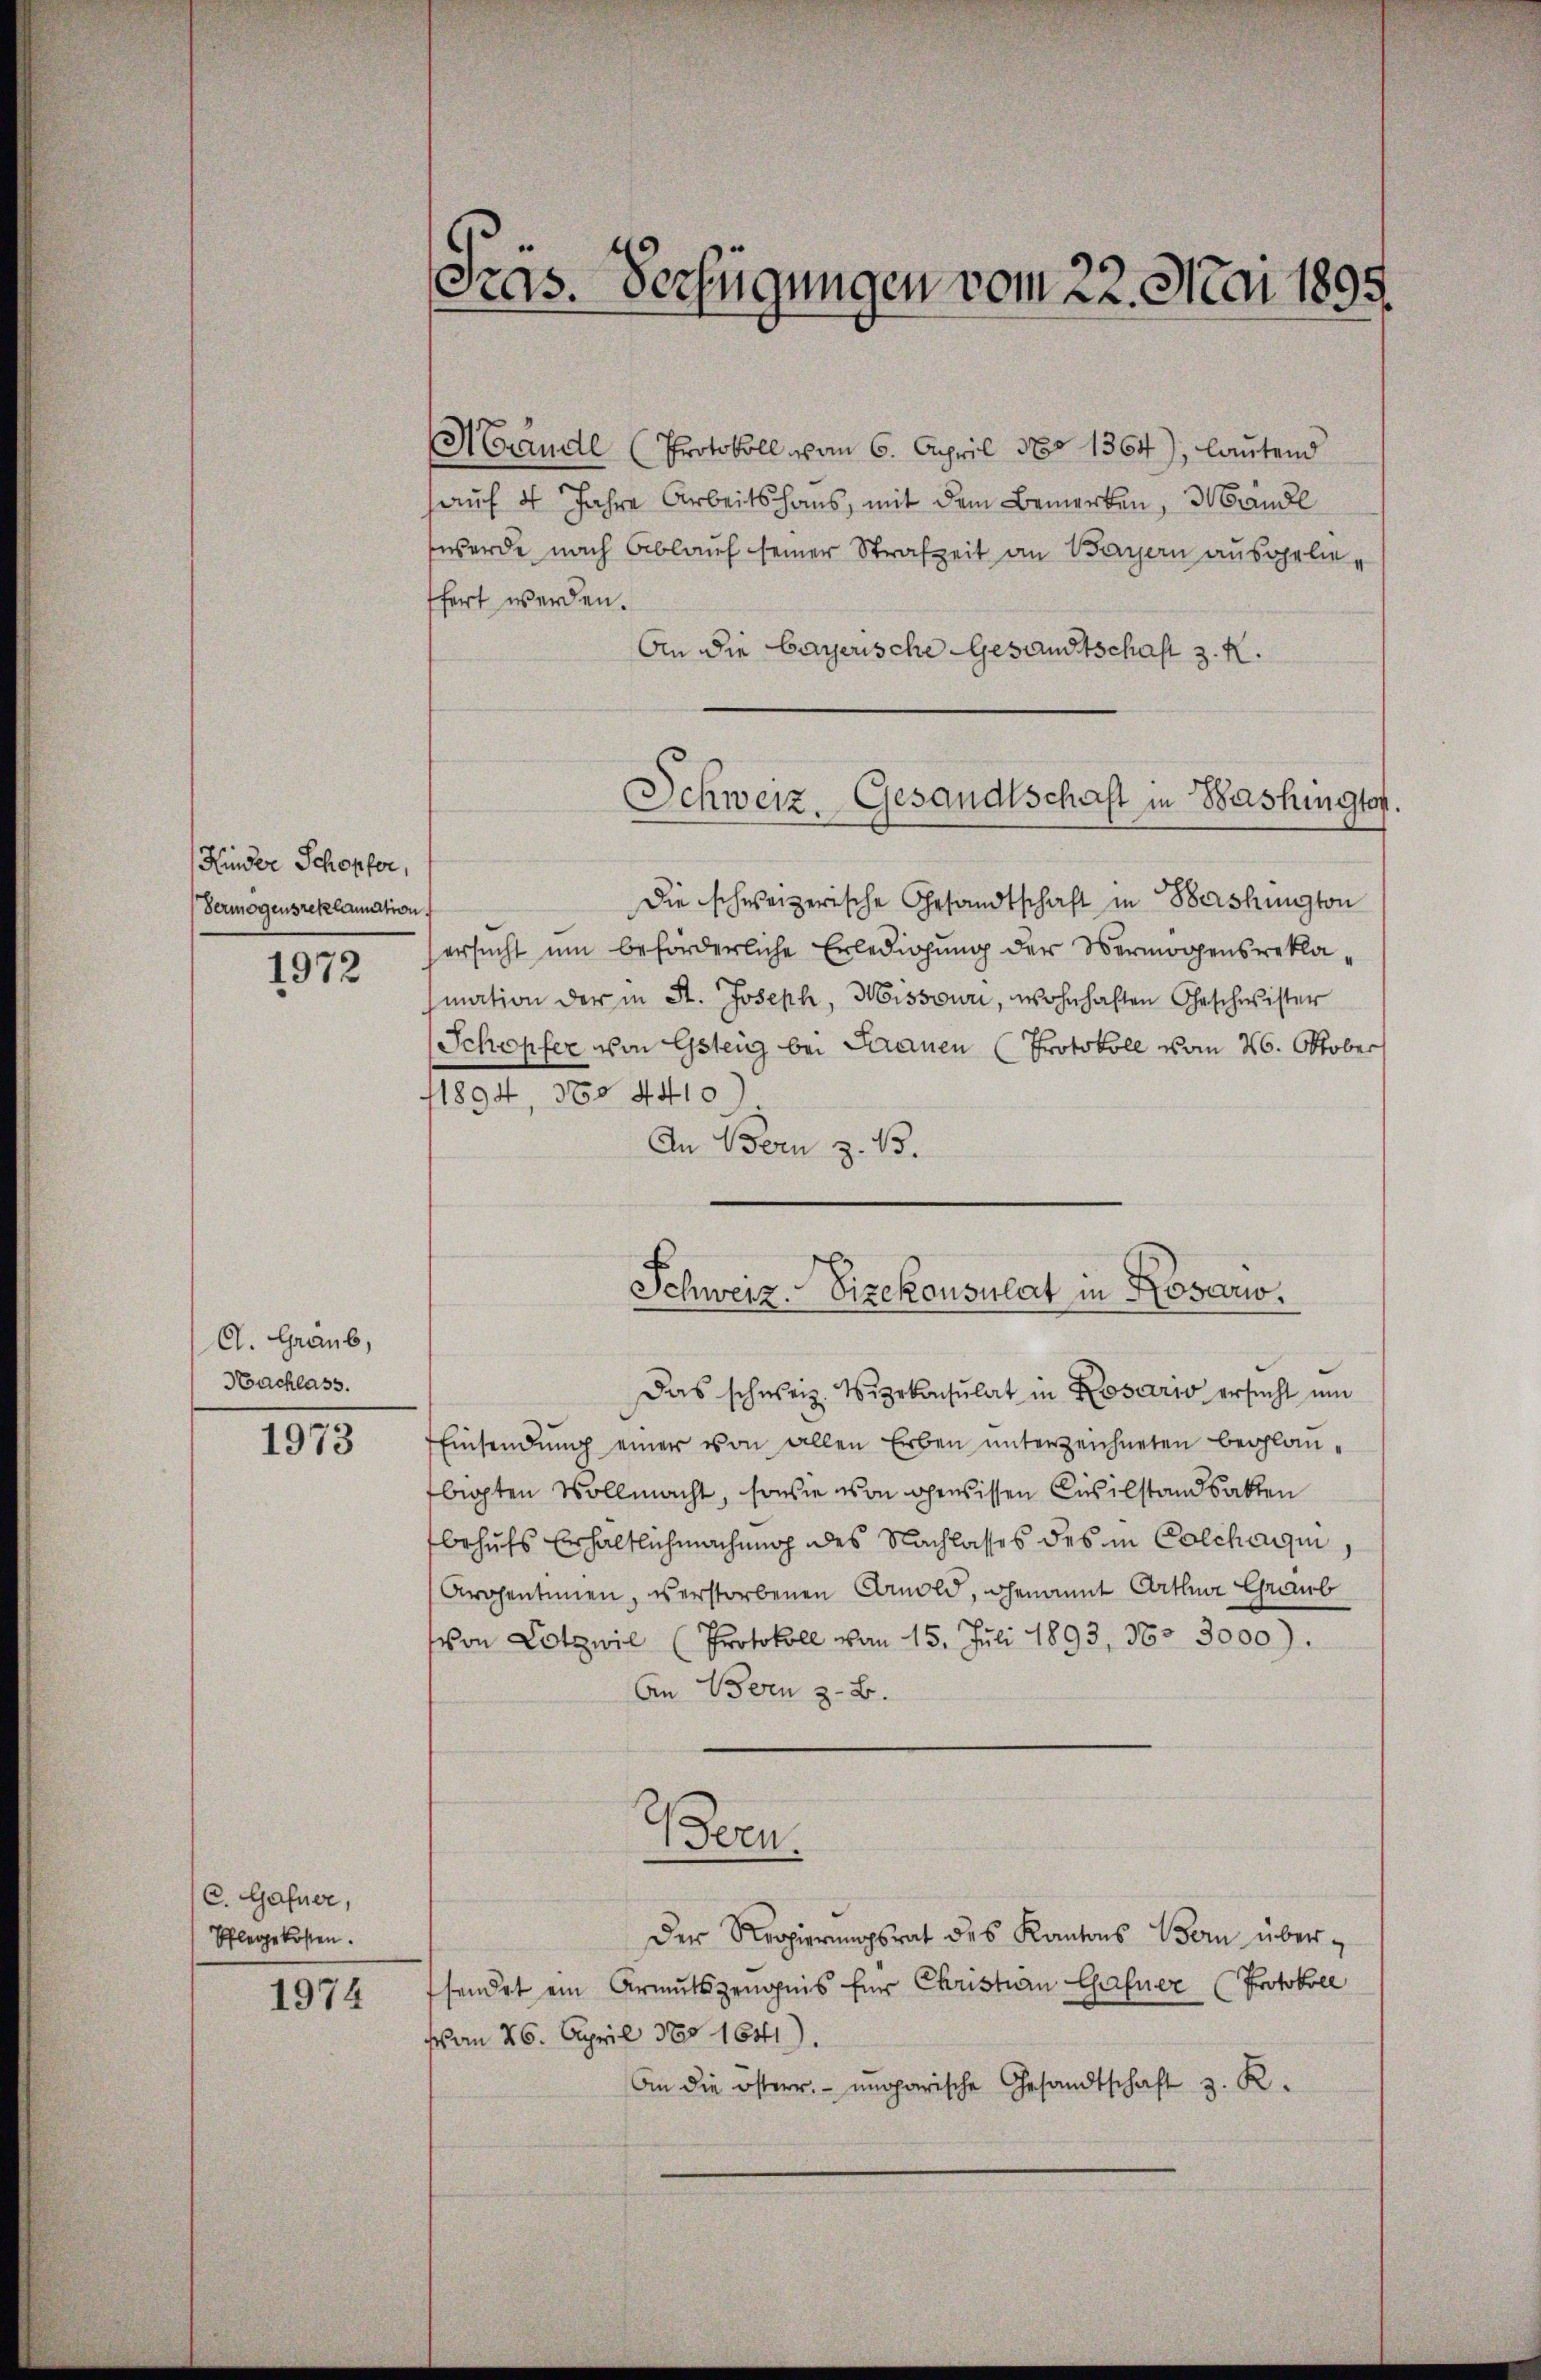
Kinder Schopfer,
Vermögensreklamation

1972

A. Graub,
Hachlass.

1973

C. Gafner,
Pflegekosten.

1974

Fras. Verfügungen vom 22. Mai 1893.

Hrndl (Protokoll vom 6. April 180. 1364), lautend
auf 4 Jahre Arbeitshaus, mit dem Bemerken, Mändl
werde nach Ablauf seiner Strafzeit an Bayern ausgelieffert werden.
An die bayerische Gesandtschaft z. R.
Die schweizerische Gesandtschaft in Beshüngton
ersucht um beförderliche Erledigung der Vermögensreklamation der in St. Joseph, Missouri, wohnhaften Geschwister
Schopfer von Gsteig bei Saanen (Protokoll vom 26. Oktober
11894, 368 4410
An Bern z. 13.
Das schweiz. Vizekonsulat in Losario ersucht um
Einsendŭng einer von allen Erben unterzeichneten beglaubigten Vollmacht, sowie von gewissen Civilstandsakten
behufs Erhaltlich machung des Nachlasses des in Colcharin,
Arohentimen, verstorbenen Comold, genannt Arthna Graub
von Lotzwil (Protokoll vom 15. Juli 1893, 360. 3000).
An Bern z. B.
Bern.
Der Regierungsrat des Kantons Bern übersendet ein Armutszeugnis für Christian Gasner (Protokoll
von 26. April 180 1641).
An die österr. ungarische Gesandtschaft z. R.

Schweiz. Gesandtschaft in Bashington.

Schweiz. Vizekonsulat in Kosario.